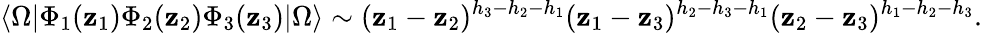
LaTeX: \langle\Omega|\Phi_{1}(\mathbf{z}_{1})\Phi_{2}(\mathbf{z}_{2})\Phi_{3}(\mathbf{z}_{3})|\Omega\rangle\sim(\mathbf{z}_{1}-\mathbf{z}_{2})^{h_{3}-h_{2}-h_{1}}(\mathbf{z}_{1}-\mathbf{z}_{3})^{h_{2}-h_{3}-h_{1}}(\mathbf{z}_{2}-\mathbf{z}_{3})^{h_{1}-h_{2}-h_{3}}.